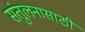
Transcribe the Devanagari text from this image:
संतुलनासाठी